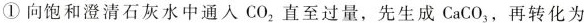
①向饱和澄清石灰水中通入 CO_{2} 直至过量，先生成 CaCO_{3} ，再转化为